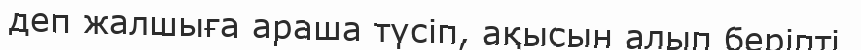
деп жалшыға араша түсіп, ақысын алып беріпті.